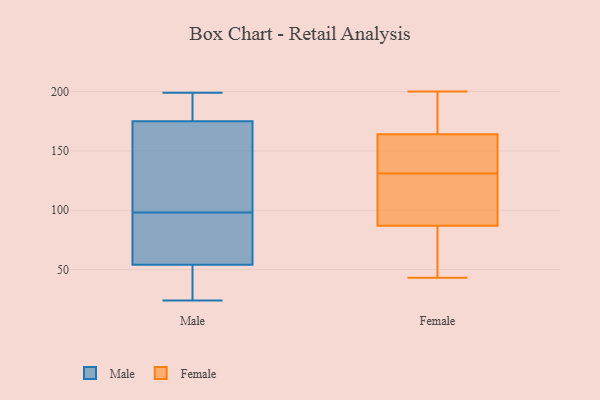
{"axis": {"x": "Production Output", "y": "Value"}, "legend": ["Female", "Male"], "data": [{"x": "", "y": 24, "type": "Male"}, {"x": "", "y": 54, "type": "Male"}, {"x": "", "y": 87, "type": "Male"}, {"x": "", "y": 196, "type": "Male"}, {"x": "", "y": 145, "type": "Male"}, {"x": "", "y": 87, "type": "Male"}, {"x": "", "y": 109, "type": "Male"}, {"x": "", "y": 175, "type": "Male"}, {"x": "", "y": 43, "type": "Male"}, {"x": "", "y": 199, "type": "Male"}, {"x": "", "y": 72, "type": "Female"}, {"x": "", "y": 68, "type": "Female"}, {"x": "", "y": 144, "type": "Female"}, {"x": "", "y": 93, "type": "Female"}, {"x": "", "y": 181, "type": "Female"}, {"x": "", "y": 131, "type": "Female"}, {"x": "", "y": 143, "type": "Female"}, {"x": "", "y": 187, "type": "Female"}, {"x": "", "y": 85, "type": "Female"}, {"x": "", "y": 200, "type": "Female"}, {"x": "", "y": 117, "type": "Female"}, {"x": "", "y": 43, "type": "Female"}, {"x": "", "y": 169, "type": "Female"}, {"x": "", "y": 149, "type": "Female"}, {"x": "", "y": 122, "type": "Female"}]}